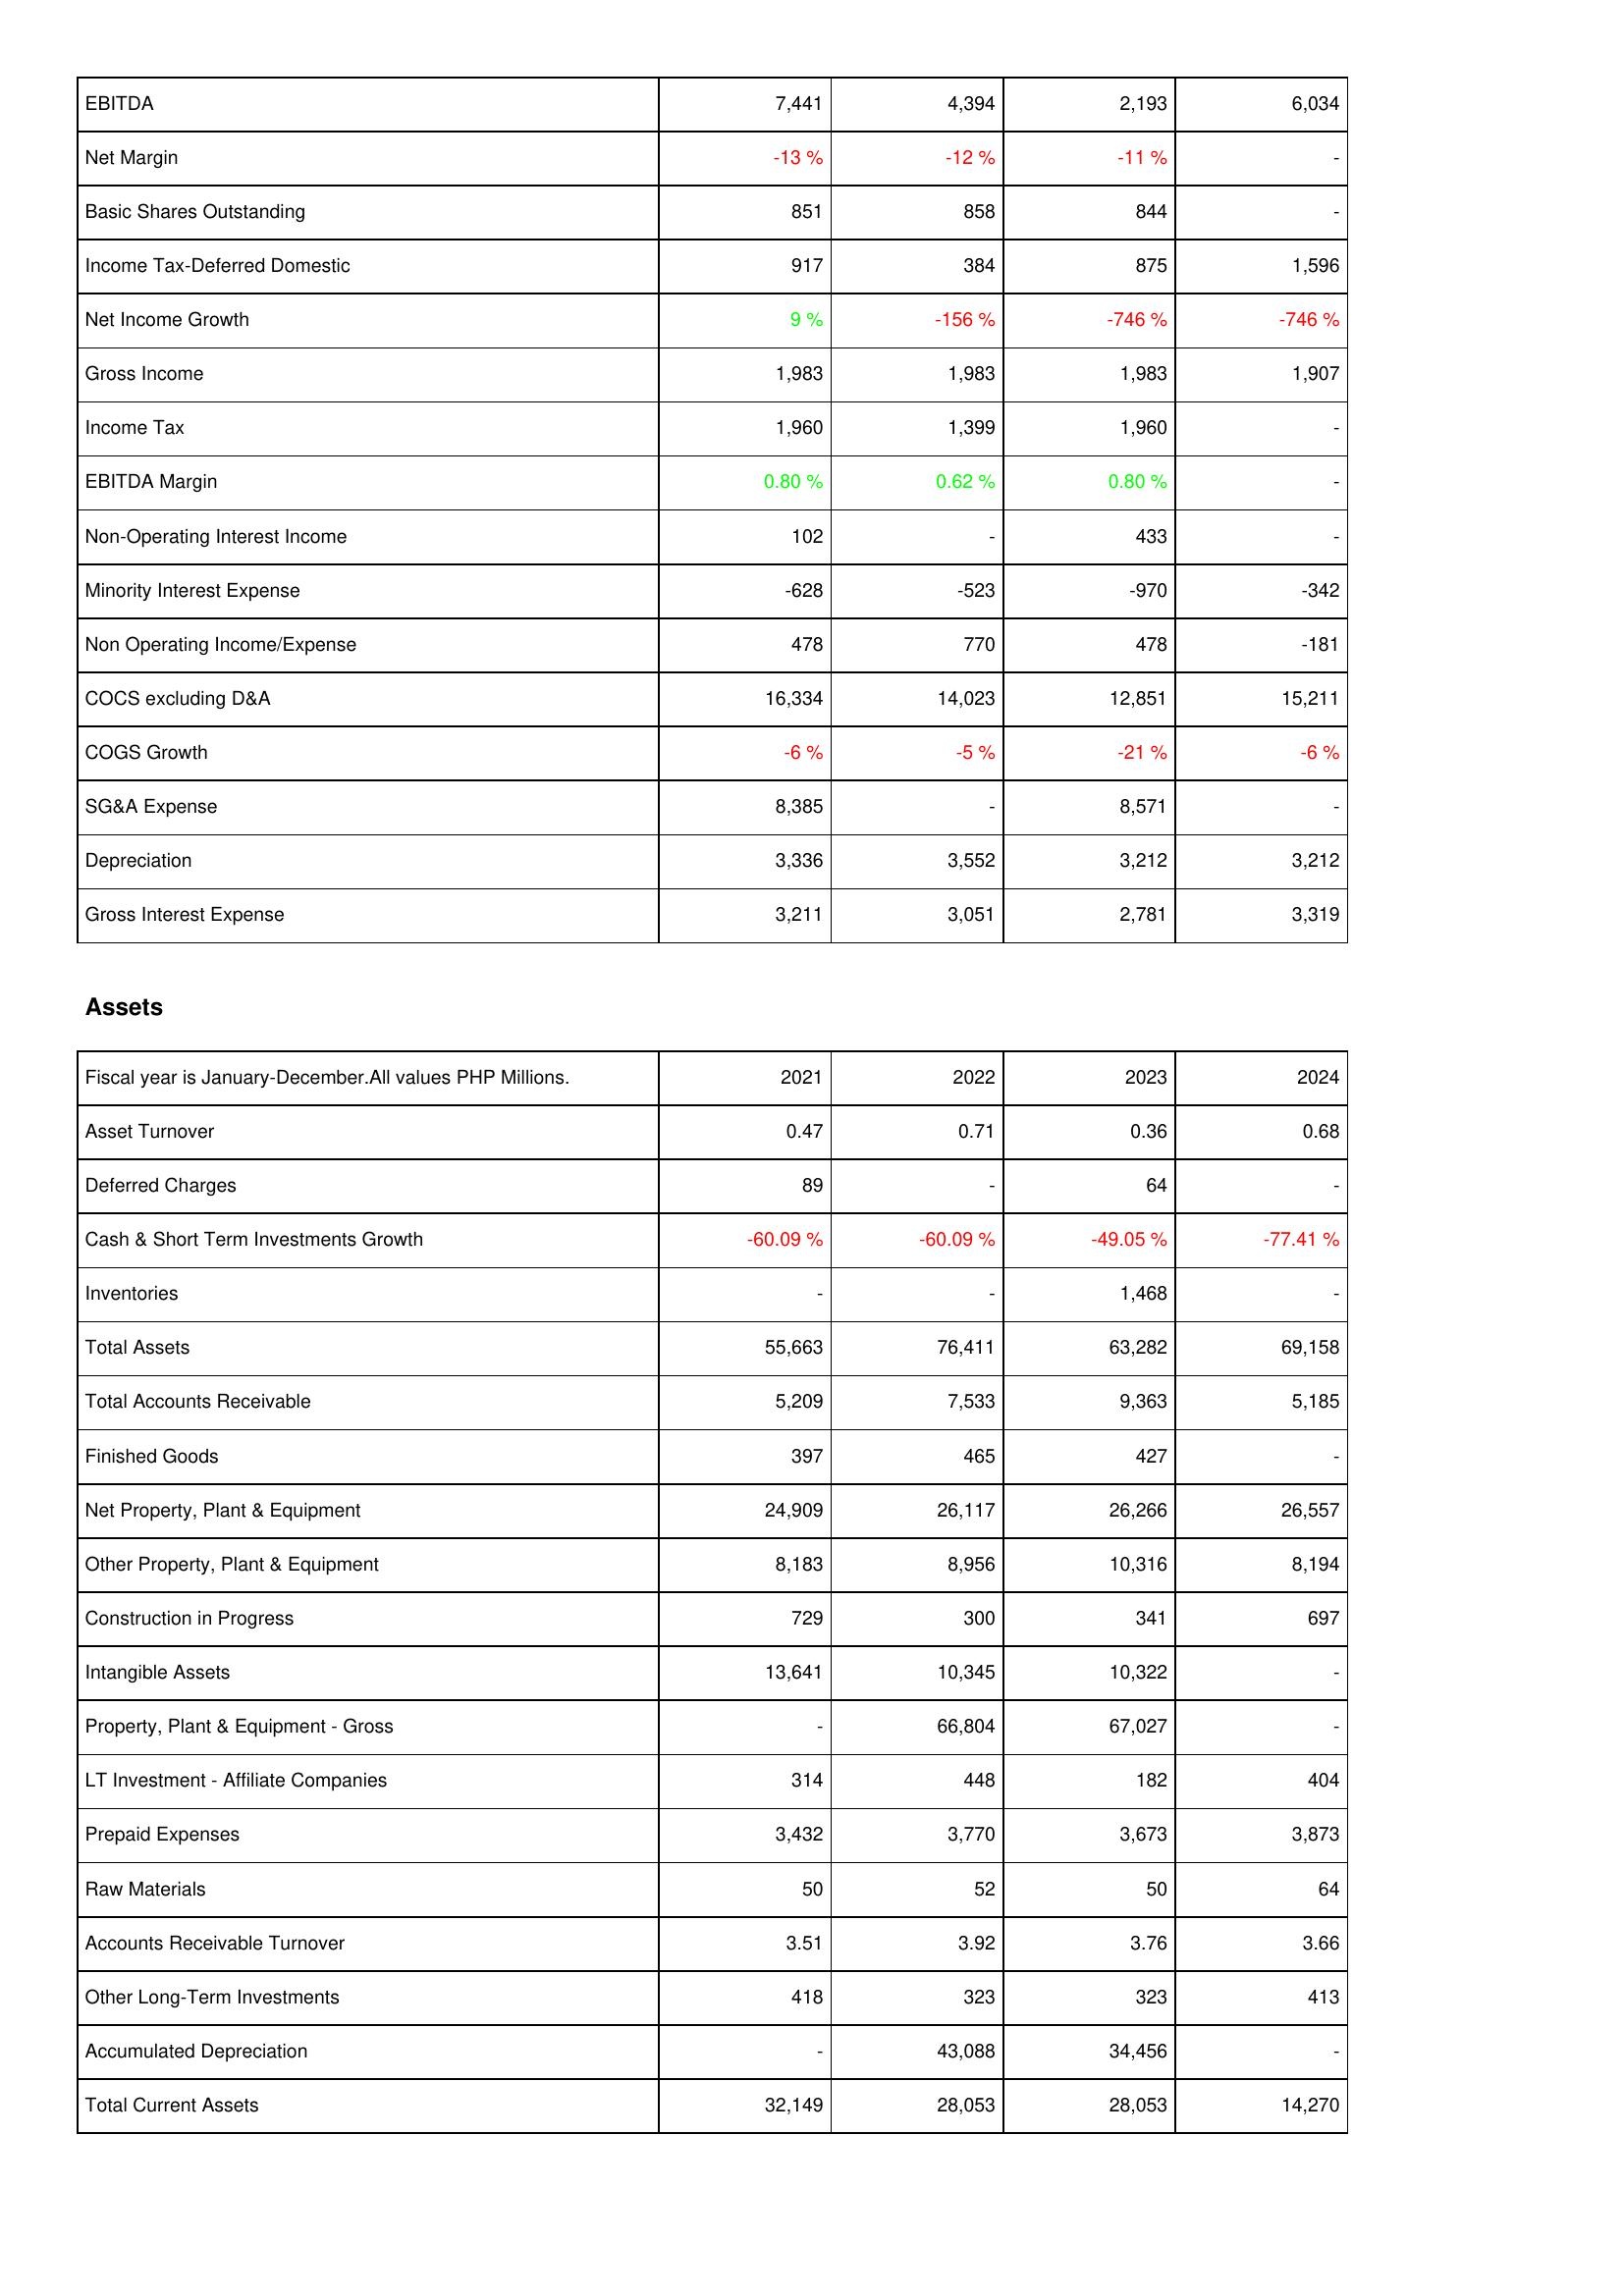
2021: Income Statement: EBITDA: 7,441
Net Margin: -13 %
Basic Shares Outstanding: 851
Income Tax-Deferred Domestic: 917
Net Income Growth: 9 %
Gross Income: 1,983
Income Tax: 1,960
EBITDA Margin: 0.80 %
Non-Operating Interest Income: 102
Minority Interest Expense: -628
Non Operating Income/Expense: 478
COCS excluding D&A: 16,334
COGS Growth: -6 %
SG&A Expense: 8,385
Depreciation: 3,336
Gross Interest Expense: 3,211
Assets: Asset Turnover: 0.47
Deferred Charges: 89
Cash & Short Term Investments Growth: -60.09 %
Inventories: -
Total Assets: 55,663
Total Accounts Receivable: 5,209
Finished Goods: 397
Net Property, Plant & Equipment: 24,909
Other Property, Plant & Equipment: 8,183
Construction in Progress: 729
Intangible Assets: 13,641
Property, Plant & Equipment - Gross: -
LT Investment - Affiliate Companies: 314
Prepaid Expenses: 3,432
Raw Materials: 50
Accounts Receivable Turnover: 3.51
Other Long-Term Investments: 418
Accumulated Depreciation: -
Total Current Assets: 32,149
2022: Income Statement: EBITDA: 4,394
Net Margin: -12 %
Basic Shares Outstanding: 858
Income Tax-Deferred Domestic: 384
Net Income Growth: -156 %
Gross Income: 1,983
Income Tax: 1,399
EBITDA Margin: 0.62 %
Non-Operating Interest Income: -
Minority Interest Expense: -523
Non Operating Income/Expense: 770
COCS excluding D&A: 14,023
COGS Growth: -5 %
SG&A Expense: -
Depreciation: 3,552
Gross Interest Expense: 3,051
Assets: Asset Turnover: 0.71
Deferred Charges: -
Cash & Short Term Investments Growth: -60.09 %
Inventories: -
Total Assets: 76,411
Total Accounts Receivable: 7,533
Finished Goods: 465
Net Property, Plant & Equipment: 26,117
Other Property, Plant & Equipment: 8,956
Construction in Progress: 300
Intangible Assets: 10,345
Property, Plant & Equipment - Gross: 66,804
LT Investment - Affiliate Companies: 448
Prepaid Expenses: 3,770
Raw Materials: 52
Accounts Receivable Turnover: 3.92
Other Long-Term Investments: 323
Accumulated Depreciation: 43,088
Total Current Assets: 28,053
2023: Income Statement: EBITDA: 2,193
Net Margin: -11 %
Basic Shares Outstanding: 844
Income Tax-Deferred Domestic: 875
Net Income Growth: -746 %
Gross Income: 1,983
Income Tax: 1,960
EBITDA Margin: 0.80 %
Non-Operating Interest Income: 433
Minority Interest Expense: -970
Non Operating Income/Expense: 478
COCS excluding D&A: 12,851
COGS Growth: -21 %
SG&A Expense: 8,571
Depreciation: 3,212
Gross Interest Expense: 2,781
Assets: Asset Turnover: 0.36
Deferred Charges: 64
Cash & Short Term Investments Growth: -49.05 %
Inventories: 1,468
Total Assets: 63,282
Total Accounts Receivable: 9,363
Finished Goods: 427
Net Property, Plant & Equipment: 26,266
Other Property, Plant & Equipment: 10,316
Construction in Progress: 341
Intangible Assets: 10,322
Property, Plant & Equipment - Gross: 67,027
LT Investment - Affiliate Companies: 182
Prepaid Expenses: 3,673
Raw Materials: 50
Accounts Receivable Turnover: 3.76
Other Long-Term Investments: 323
Accumulated Depreciation: 34,456
Total Current Assets: 28,053
2024: Income Statement: EBITDA: 6,034
Net Margin: -
Basic Shares Outstanding: -
Income Tax-Deferred Domestic: 1,596
Net Income Growth: -746 %
Gross Income: 1,907
Income Tax: -
EBITDA Margin: -
Non-Operating Interest Income: -
Minority Interest Expense: -342
Non Operating Income/Expense: -181
COCS excluding D&A: 15,211
COGS Growth: -6 %
SG&A Expense: -
Depreciation: 3,212
Gross Interest Expense: 3,319
Assets: Asset Turnover: 0.68
Deferred Charges: -
Cash & Short Term Investments Growth: -77.41 %
Inventories: -
Total Assets: 69,158
Total Accounts Receivable: 5,185
Finished Goods: -
Net Property, Plant & Equipment: 26,557
Other Property, Plant & Equipment: 8,194
Construction in Progress: 697
Intangible Assets: -
Property, Plant & Equipment - Gross: -
LT Investment - Affiliate Companies: 404
Prepaid Expenses: 3,873
Raw Materials: 64
Accounts Receivable Turnover: 3.66
Other Long-Term Investments: 413
Accumulated Depreciation: -
Total Current Assets: 14,270